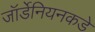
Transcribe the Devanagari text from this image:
जॉर्डेनियनकडे